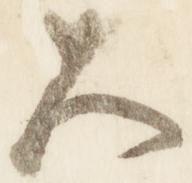
久